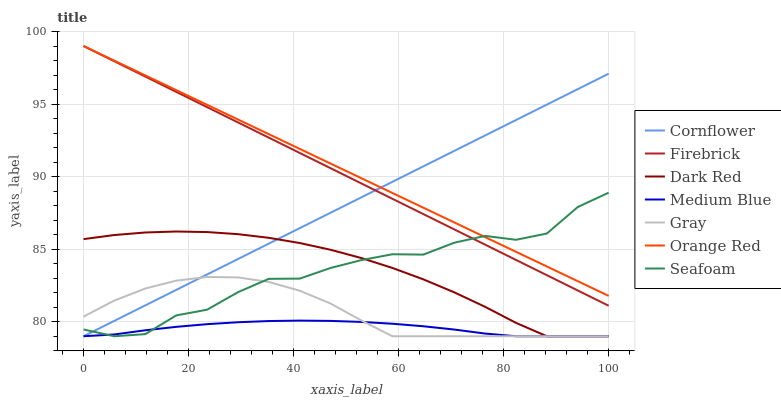
| xaxis_label | Cornflower | Firebrick | Dark Red | Medium Blue | Gray | Orange Red | Seafoam |
 | --- | --- | --- | --- | --- | --- | --- | --- |
 | 0 | 79 | 99 | 85.7 | 79 | 80.4 | 99 | 79.5 |
 | 5.88 | 80.1 | 97.9 | 86 | 79.1 | 81.5 | 98 | 79 |
 | 11.8 | 81.1 | 96.9 | 86.2 | 79.4 | 82.3 | 97 | 79.1 |
 | 17.6 | 82.2 | 95.8 | 86.2 | 79.6 | 82.8 | 96 | 80.4 |
 | 23.5 | 83.3 | 94.8 | 86.2 | 79.8 | 83.1 | 94.9 | 80.8 |
 | 29.4 | 84.3 | 93.7 | 86 | 80 | 83.1 | 93.9 | 82 |
 | 35.3 | 85.4 | 92.7 | 85.8 | 80 | 82.7 | 92.9 | 83 |
 | 41.2 | 86.5 | 91.6 | 85.4 | 80.1 | 82.1 | 91.9 | 83 |
 | 47.1 | 87.5 | 90.6 | 85 | 80.1 | 81.3 | 90.9 | 83.7 |
 | 52.9 | 88.6 | 89.5 | 84.4 | 80 | 80.1 | 89.9 | 84.3 |
 | 58.8 | 89.6 | 88.5 | 83.7 | 79.9 | 79 | 88.9 | 84.7 |
 | 64.7 | 90.7 | 87.4 | 82.9 | 79.7 | 79 | 87.9 | 84.6 |
 | 70.6 | 91.8 | 86.4 | 82 | 79.5 | 79 | 86.8 | 85.4 |
 | 76.5 | 92.8 | 85.3 | 81 | 79.2 | 79 | 85.8 | 85.9 |
 | 82.4 | 93.9 | 84.3 | 79.9 | 79 | 79 | 84.8 | 85.6 |
 | 88.2 | 95 | 83.2 | 79 | 79 | 79 | 83.8 | 86.1 |
 | 94.1 | 96 | 82.2 | 79 | 79 | 79 | 82.8 | 87.9 |
 | 100 | 97.1 | 81.1 | 79 | 79 | 79 | 81.8 | 88.9 |